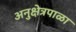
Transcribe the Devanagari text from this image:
अनुक्षेत्रपाळा